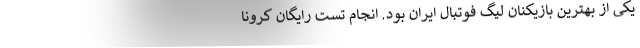
یکی از بهترین بازیکنان لیگ فوتبال ایران بود. انجام تست رایگان کرونا